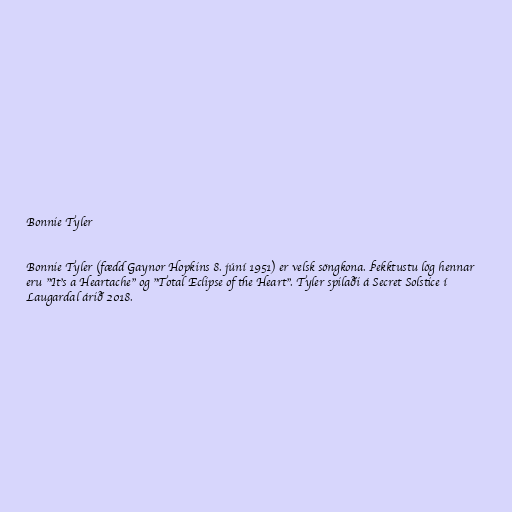
Bonnie Tyler

Bonnie Tyler (fædd Gaynor Hopkins 8. júní 1951) er velsk söngkona. Þekktustu lög hennar
eru "It's a Heartache" og "Total Eclipse of the Heart". Tyler spilaði á Secret Solstice í
Laugardal árið 2018.